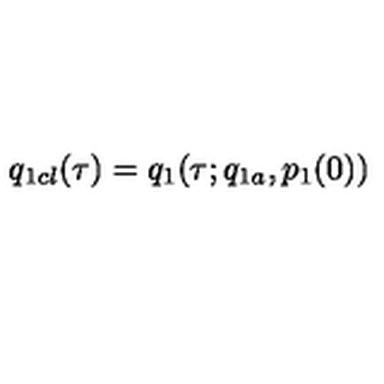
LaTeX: q _ { 1 c l } ( \tau ) = q _ { 1 } ( \tau ; q _ { 1 a } , p _ { 1 } ( 0 ) )